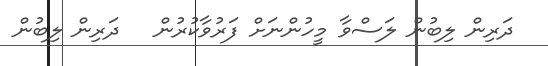
ދަރިން ލިބުން ލަސްވާ މީހުންނަށް ފަރުވާކުރުން   ދަރިން ލިބުން